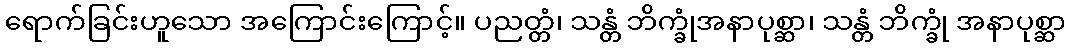
ရောက်ခြင်းဟူသော အကြောင်းကြောင့်။ ပညတ္တံ၊ သန္တံ ဘိက္ခုံအနာပုစ္ဆာ၊ သန္တံ ဘိက္ခုံ အနာပုစ္ဆာ